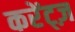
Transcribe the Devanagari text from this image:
करेंट्ज़